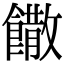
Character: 饊